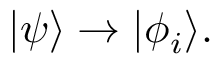
| \psi \rangle \rightarrow | \phi _ { i } \rangle .